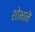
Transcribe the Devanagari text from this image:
शोभानॆ